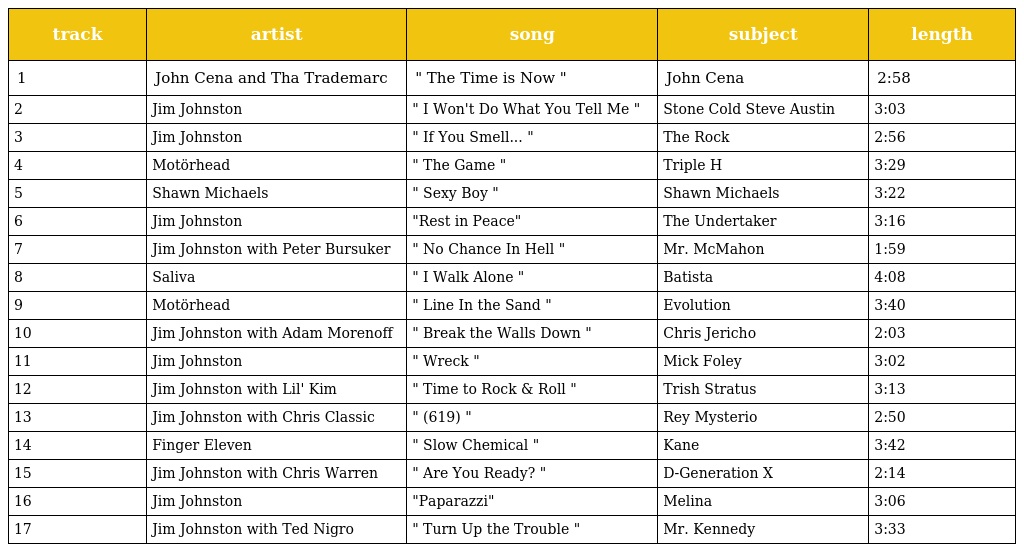
| track | artist | song | subject | length |
 | --- | --- | --- | --- | --- |
 | 1 | John Cena and Tha Trademarc | " The Time is Now " | John Cena | 2:58 |
 | 2 | Jim Johnston | " I Won't Do What You Tell Me " | Stone Cold Steve Austin | 3:03 |
 | 3 | Jim Johnston | " If You Smell... " | The Rock | 2:56 |
 | 4 | Motörhead | " The Game " | Triple H | 3:29 |
 | 5 | Shawn Michaels | " Sexy Boy " | Shawn Michaels | 3:22 |
 | 6 | Jim Johnston | "Rest in Peace" | The Undertaker | 3:16 |
 | 7 | Jim Johnston with Peter Bursuker | " No Chance In Hell " | Mr. McMahon | 1:59 |
 | 8 | Saliva | " I Walk Alone " | Batista | 4:08 |
 | 9 | Motörhead | " Line In the Sand " | Evolution | 3:40 |
 | 10 | Jim Johnston with Adam Morenoff | " Break the Walls Down " | Chris Jericho | 2:03 |
 | 11 | Jim Johnston | " Wreck " | Mick Foley | 3:02 |
 | 12 | Jim Johnston with Lil' Kim | " Time to Rock & Roll " | Trish Stratus | 3:13 |
 | 13 | Jim Johnston with Chris Classic | " (619) " | Rey Mysterio | 2:50 |
 | 14 | Finger Eleven | " Slow Chemical " | Kane | 3:42 |
 | 15 | Jim Johnston with Chris Warren | " Are You Ready? " | D-Generation X | 2:14 |
 | 16 | Jim Johnston | "Paparazzi" | Melina | 3:06 |
 | 17 | Jim Johnston with Ted Nigro | " Turn Up the Trouble " | Mr. Kennedy | 3:33 |